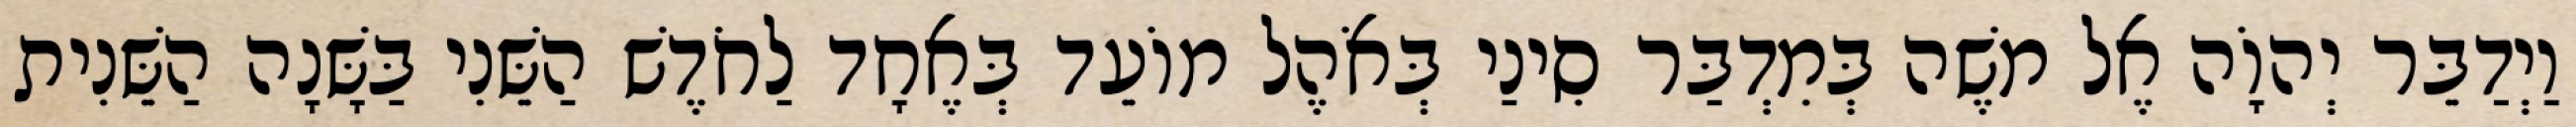
וַיְדַבֵּר יְהוָֹה אֶל משֶׁה בְּמִדְבַּר סִינַי בְּאֹהֶל מוֹעֵד בְּאֶחָד לַחֹדֶשׁ הַשֵּׁנִי בַּשָּׁנָה הַשֵּׁנִית